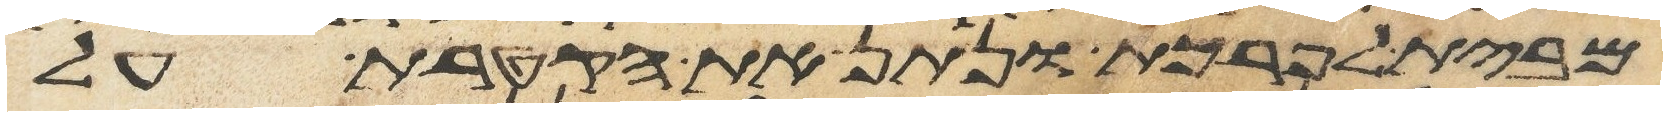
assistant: מבית לפרכת ונתן את הקטרת על